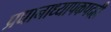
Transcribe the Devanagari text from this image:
प्रधानाध्यापकपदही